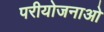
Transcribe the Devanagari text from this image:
परीयोजनाओ